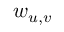
w _ { u , v }